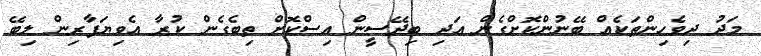
މަދު ދިވެހިންތަކެއް ބޭނުންކޮށްގެން އަދި ބިދޭސީން އިސްކޮށް ތިބެގެން ކުރާ އެވިޔަފާރިން ލިބޭ